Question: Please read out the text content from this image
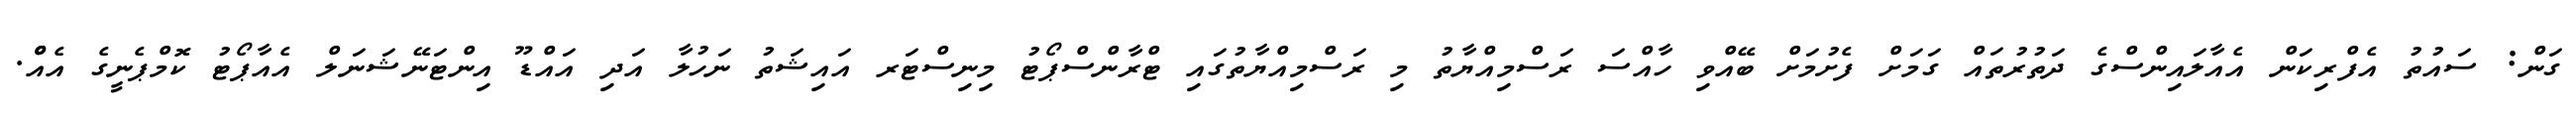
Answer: ގަން: ސައުތު އެފްރިކަން އެއާލައިންސްގެ ދަތުރުތައް ގަމަށް ފެށުމަށް ބޭއްވި ހާއްސަ ރަސްމިއްޔާތު މި ރަސްމިއްޔާތުގައި ޓްރާންސްޕޯޓު މިނިސްޓަރ އައިޝަތު ނަހުލާ އަދި އައްޑޫ އިންޓަނޭޝަނަލް އެއާޕޯޓު ކޮމްޕެނީގެ އެއްް.